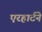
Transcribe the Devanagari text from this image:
एरहार्टने